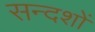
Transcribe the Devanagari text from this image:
सन्दशों